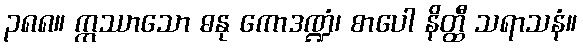
၃၈၈။ ဣဿာသော ဓနု ကောဒဏ္ဍံ၊ စာပေါ နိတ္ထီ သရာသနံ။